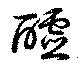
醽